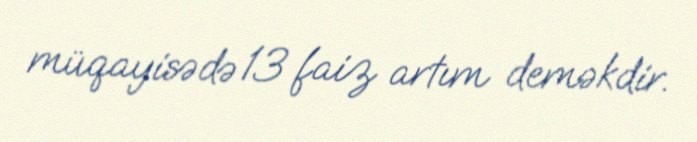
müqayisədə 13 faiz artım deməkdir.